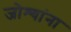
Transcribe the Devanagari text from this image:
जोश्यांना